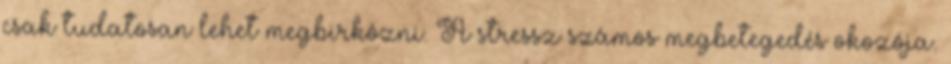
csak tudatosan lehet megbirkózni. A stressz számos megbetegedés okozója.